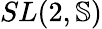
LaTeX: SL(2,\mathbb{S})